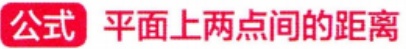
公式 平面上两点间的距离